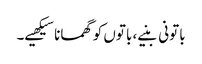
باتونی بنیے، باتوں کو گھمانا سیکھیے۔